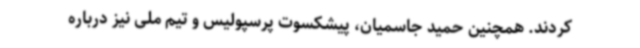
کردند. همچنین حمید جاسمیان، پیشکسوت پرسپولیس و تیم ملی نیز درباره